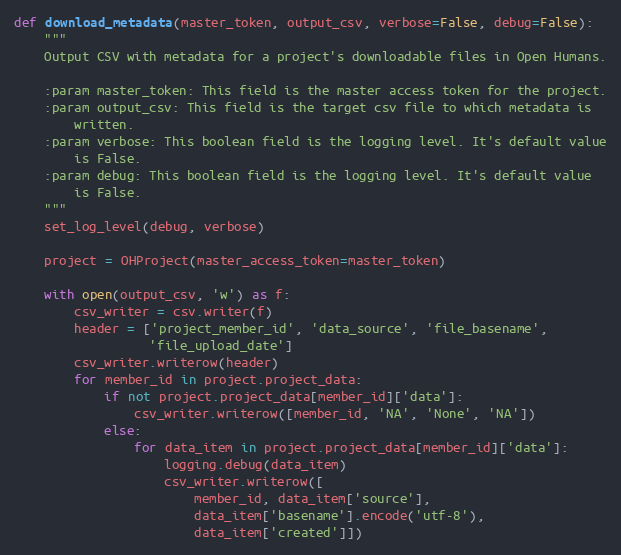
Language: Python
def download_metadata(master_token, output_csv, verbose=False, debug=False):
    """
    Output CSV with metadata for a project's downloadable files in Open Humans.

    :param master_token: This field is the master access token for the project.
    :param output_csv: This field is the target csv file to which metadata is
        written.
    :param verbose: This boolean field is the logging level. It's default value
        is False.
    :param debug: This boolean field is the logging level. It's default value
        is False.
    """
    set_log_level(debug, verbose)

    project = OHProject(master_access_token=master_token)

    with open(output_csv, 'w') as f:
        csv_writer = csv.writer(f)
        header = ['project_member_id', 'data_source', 'file_basename',
                  'file_upload_date']
        csv_writer.writerow(header)
        for member_id in project.project_data:
            if not project.project_data[member_id]['data']:
                csv_writer.writerow([member_id, 'NA', 'None', 'NA'])
            else:
                for data_item in project.project_data[member_id]['data']:
                    logging.debug(data_item)
                    csv_writer.writerow([
                        member_id, data_item['source'],
                        data_item['basename'].encode('utf-8'),
                        data_item['created']])